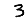
Digit: 3